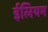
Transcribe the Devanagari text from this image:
ईलियम